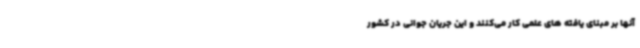
آنها بر مبنای یافته های علمی کار می‌کنند و این جریان جوانی در کشور